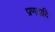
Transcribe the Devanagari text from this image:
प्रणवादि